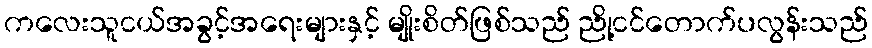
ကလေးသူငယ်အခွင့်အရေးများနှင့် မျိုးစိတ်ဖြစ်သည် ညို့ငင်တောက်ပလွန်းသည်